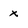
Character: x